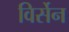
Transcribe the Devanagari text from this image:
विर्सेन